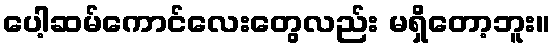
ပေါ့ဆမ်ကောင်လေးတွေလည်း မရှိတော့ဘူး။